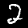
Label: 2